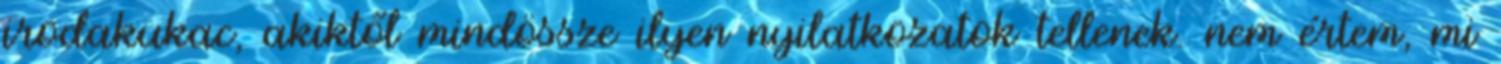
irodakukac, akiktől mindössze ilyen nyilatkozatok tellenek. nem értem, mi